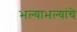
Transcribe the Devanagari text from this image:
भल्याभल्यांचे